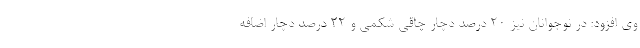
وی افزود: در نوجوانان نیز ۲۰ درصد دچار چاقی شکمی و ۲۲ درصد دچار اضافه